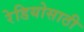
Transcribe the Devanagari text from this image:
रेडियोसाठी